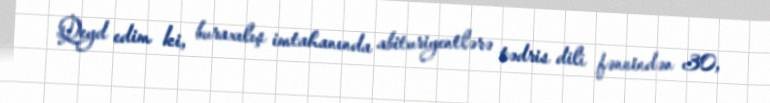
Qeyd edim ki, buraxılış imtahanında abituriyentlərə tədris dili fənnindən 30,